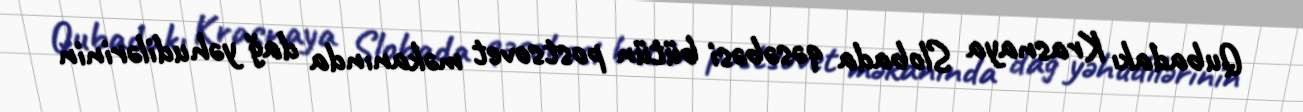
Qubadakı Krasnaya Slobada qəsəbəsi bütün postsovet məkanında dağ yəhudilərinin